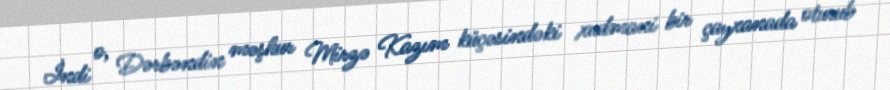
İndi o, Dərbəndin məşhur Mirzə Kazım küçəsindəki xudmani bir çayxanada oturub